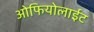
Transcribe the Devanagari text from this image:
ओफियोलाईट